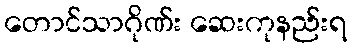
တောင်သာဂိုဏ်း ဆေးကုနည်းရ